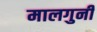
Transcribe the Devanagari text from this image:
मालगुनी